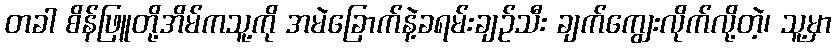
တခါ စိန်ဖြူတို့အိမ်ကသူ့ကို အမဲခြောက်နဲ့ခရမ်းချဉ်သီး ချက်ကျွေးလိုက်လို့တဲ့၊ သူ့မှာ